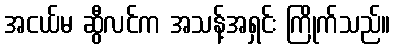
အငယ်မ ဆွီလင်က အသန့်အရှင်း ကြိုက်သည်။